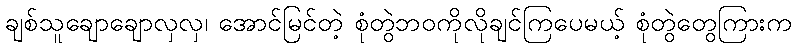
ချစ်သူချောချောလှလှ၊ အောင်မြင်တဲ့ စုံတွဲဘဝကိုလိုချင်ကြပေမယ့် စုံတွဲတွေကြားက